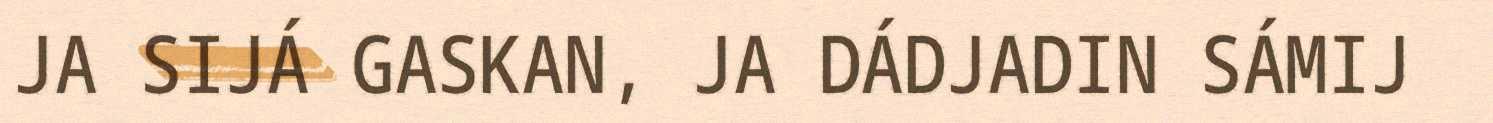
JA SIJÁ GASKAN, JA DÁDJADIN SÁMIJ